Indian journal of veterinary science and animal husbandry - Volume 1,
Year: 1931
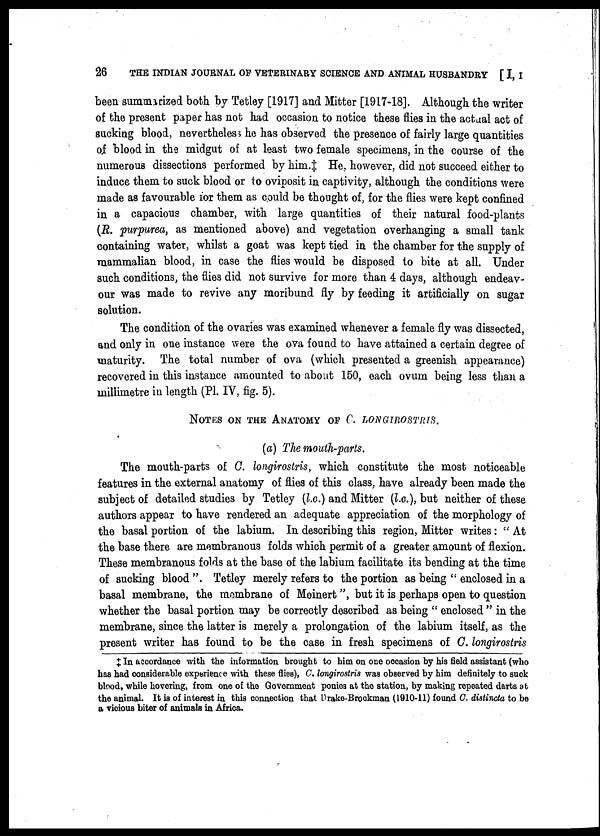
26
THE INDIAN JOURNAL OF VETERINARY SCIENCE AND ANIMAL HUSBANDRY [I, I
been summarized both by Tetley [1917] and Mitter [1917-18]. Although the writer
of the present paper has not had occasion to notice these flies in the actual act of
sucking blood, nevertheless he has observed the presence of fairly large quantities
of blood in the midgut of at least two female specimens, in the course of the
numerous dissections performed by him.‡ He, however, did not succeed either to
induce them to suck blood or to oviposit in captivity, although the conditions were
made as favourable for them as could be thought of, for the flies were kept confined
in a capacious chamber, with large quantities of their natural food-plants
(R. purpurea, as mentioned above) and vegetation overhanging a small tank
containing water, whilst a goat was kept tied in the chamber for the supply of
mammalian blood, in case the flies would be disposed to bite at all. Under
such conditions, the flies did not survive for more than 4 days, although endeav-
our was made to revive any moribund fly by feeding it artificially on sugar
solution.
The condition of the ovaries was examined whenever a female fly was dissected,
and only in one instance were the ova found to have attained a certain degree of
maturity. The total number of ova (which presented a greenish appearance)
recovered in this instance amounted to about 150, each ovum being less than a
millimetre in length (Pl. IV, fig. 5).
NOTES ON THE ANATOMY OF C. LONGIROSTRIS.
(a) The mouth-parts.
The mouth-parts of C. longirostris, which constitute the most noticeable
features in the external anatomy of flies of this class, have already been made the
subject of detailed studies by Tetley (l.c.) and Mitter (l.c.), but neither of these
authors appear to have rendered an adequate appreciation of the morphology of
the basal portion of the labium. In describing this region, Mitter writes: " At
the base there are membranous folds which permit of a greater amount of flexion.
These membranous folds at the base of the labium facilitate its bending at the time
of sucking blood ". Tetley merely refers to the portion as being " enclosed in a
basal membrane, the membrane of Meinert ", but it is perhaps open to question
whether the basal portion may be correctly described as being " enclosed " in the
membrane, since the latter is merely a prolongation of the labium itself, as the
present writer has found to be the case in fresh specimens of C. longirostris
‡ In accordance with the information brought to him on one occasion by his field assistant (who
has had considerable experience with these flies), C. longirostris was observed by him definitely to suck
blood, while hovering, from one of the Government ponies at the station, by making repeated darts at
the animal. It is of interest in this connection that Drake-Brookman (1910-11) found C. distincta to be
a vicious biter of animals in Africa.